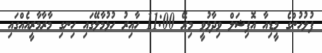
ފުލުހުންގެ މީޑިއާ އޮފިޝަލް ވިދާޅުވީ މިރޭ 11:00 ހާއިރު ހުޅުމާލޭގައި ހިނގި މާރާމާރީއެއްގައި